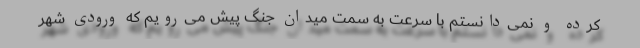
کرده و نمی‌دانستم با سرعت به سمت میدان جنگ پیش می‌رویم که ورودی شهر